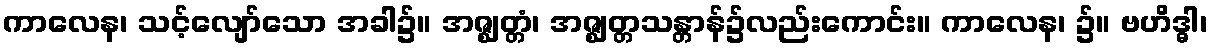
ကာလေန၊ သင့်လျော်သော အခါ၌။ အဇ္ဈတ္တံ၊ အဇ္ဈတ္တသန္တာန်၌လည်းကောင်း။ ကာလေန၊ ၌။ ဗဟိဒ္ဓါ၊